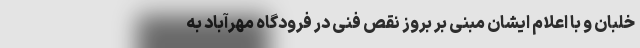
خلبان و با اعلام ایشان مبنی بر بروز نقص فنی در فرودگاه مهرآباد به